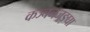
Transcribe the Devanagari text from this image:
कञ्चनजङ्घा